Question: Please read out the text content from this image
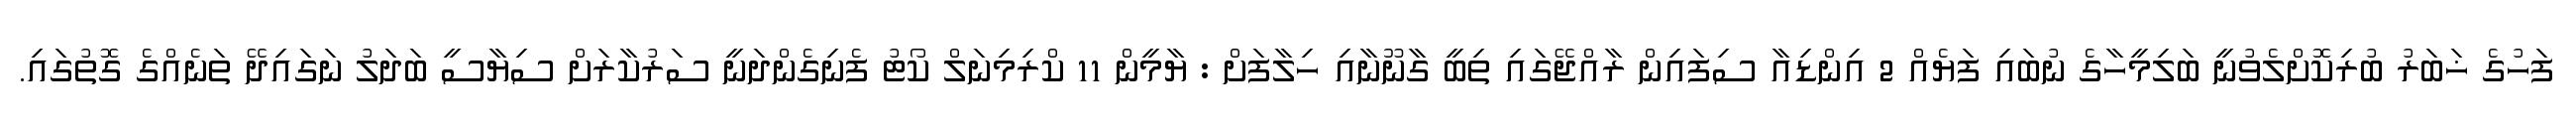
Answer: ފަހުގެ ޚަބަރު ބުރިކޮށްލެވުނީ ބަލިމީހާގެ ނުބައި ފަޔެއް 2 އިންޑިއާ ސިފައިން ރާއްޖޭގައި ތިބީ ގާނޫނާއި ހިލާފަށް : ޔާމީން 11 ކްރިމިނަލް ކޯޓު ފެނިގެންދަނީ ސަރުކާރަށް ސިޔާސީ ބަދަލު ނަގައިދޭ ތަނެއްގެ ގޮތުގައި.